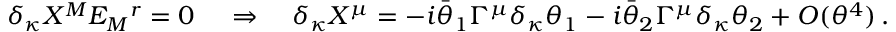
\delta _ { \kappa } X ^ { M } E _ { M } { } ^ { r } = 0 \, \quad \Rightarrow \quad \delta _ { \kappa } X ^ { \mu } = - i \bar { \theta } _ { 1 } \Gamma ^ { \mu } \delta _ { \kappa } \theta _ { 1 } - i \bar { \theta } _ { 2 } \Gamma ^ { \mu } \delta _ { \kappa } \theta _ { 2 } + { \cal O } ( \theta ^ { 4 } ) \, .